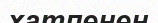
хатпенен